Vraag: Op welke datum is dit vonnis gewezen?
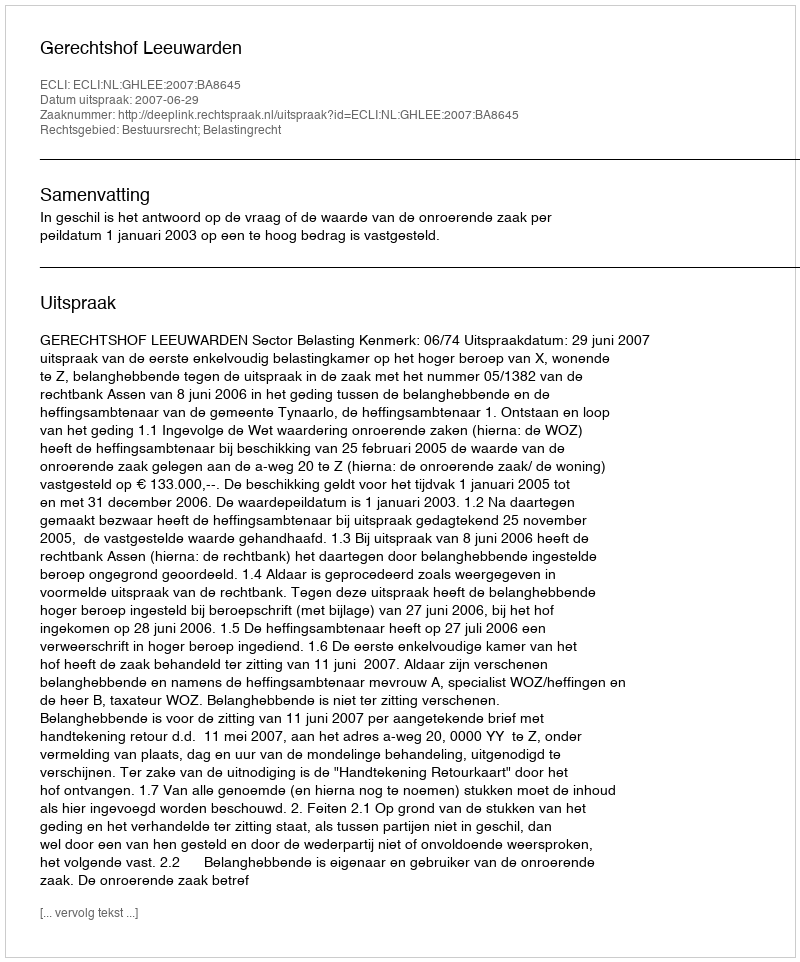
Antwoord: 2007-06-29